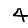
Digit: 4